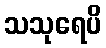
သသုရေပိ